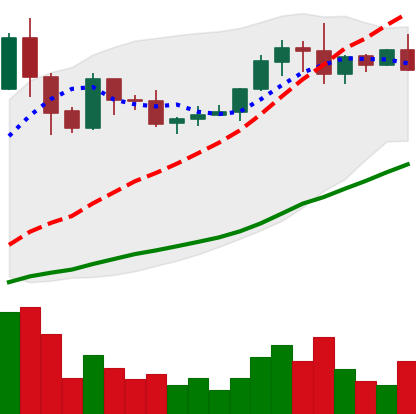
Ticker: XRP-USD
Chart end date: 2019-06-03
Forward return: -3.136%
Label: down_3_5